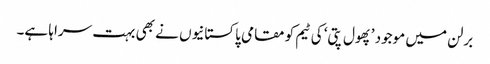
برلن میں موجود ’پھول پتی‘ کی ٹیم کو مقامی پاکستانیوں نے بھی بہت سراہا ہے۔